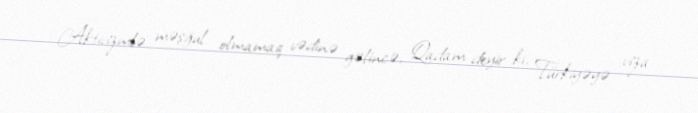
Aktivizmlə məşğul olmamaq vədinə gəlincə, Qadam deyir ki, Türkiyəyə viza